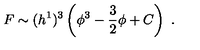
F \sim ( h ^ { 1 } ) ^ { 3 } \left( \phi ^ { 3 } - { \frac { 3 } { 2 } } \phi + C \right) \ .